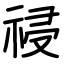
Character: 祲